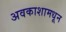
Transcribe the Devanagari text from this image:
अवकाशामधून